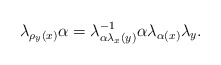
\begin{align*}\lambda_{\rho_{y}(x)}\alpha & =\lambda_{\alpha\lambda_{x}(y)}^{-1}\alpha\lambda_{\alpha(x)}\lambda_{y}.\end{align*}